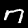
Label: 7